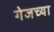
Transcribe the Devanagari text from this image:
गेजच्या